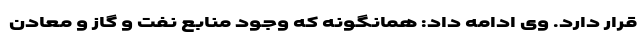
قرار دارد. وی ادامه داد: همانگونه که وجود منابع نفت و گاز و معادن